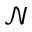
\mathcal { N }